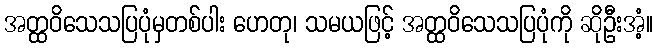
အတ္ထဝိသေသပြပုံမှတစ်ပါး ဟေတု၊ သမယဖြင့် အတ္ထဝိသေသပြပုံကို ဆိုဦးအံ့။